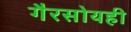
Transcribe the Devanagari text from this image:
गैरसोयही